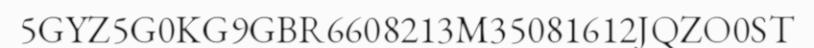
5GYZ5G0KG9GBR6608213M35081612JQZO0ST